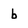
Character: b